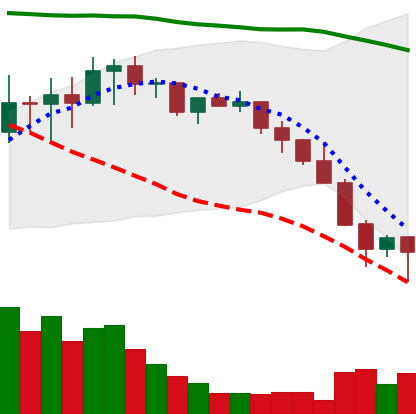
Ticker: LINK-USD
Chart end date: 2022-01-24
Forward return: 3.99%
Label: up_3_5